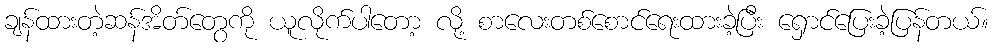
ချန်ထားတဲ့ဆန်အိတ်တွေကို ယူလိုက်ပါတော့ လို့ စာလေးတစ်စောင်ရေးထားခဲ့ပြီး ရှောင်ပြေးခဲ့ပြန်တယ်။